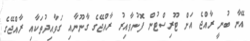
އޭނާ ބުނީ ރާއްޖެ އަށް ޓޫރިސްޓުން ފޮނުވާއިރު ރާއްޖޭގެ ގާނޫނާއި ގަވާއިދުތަކާއި ރާއްޖޭގެ